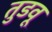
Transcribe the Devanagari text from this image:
तुडवू